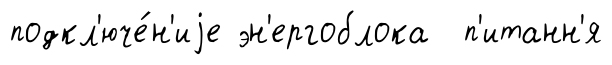
подкл'юче́н'иjе эн'ергоблока п'итанн'я